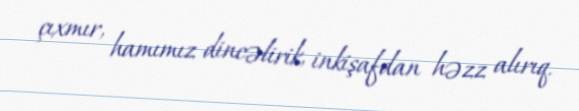
çıxmır, hamımız dincəlirik, inkişafdan həzz alırıq.